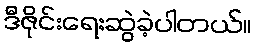
ဒီဇိုင်းရေးဆွဲခဲ့ပါတယ်။